Eesti_Peakonsulaat_New_Yorgis, lk 10
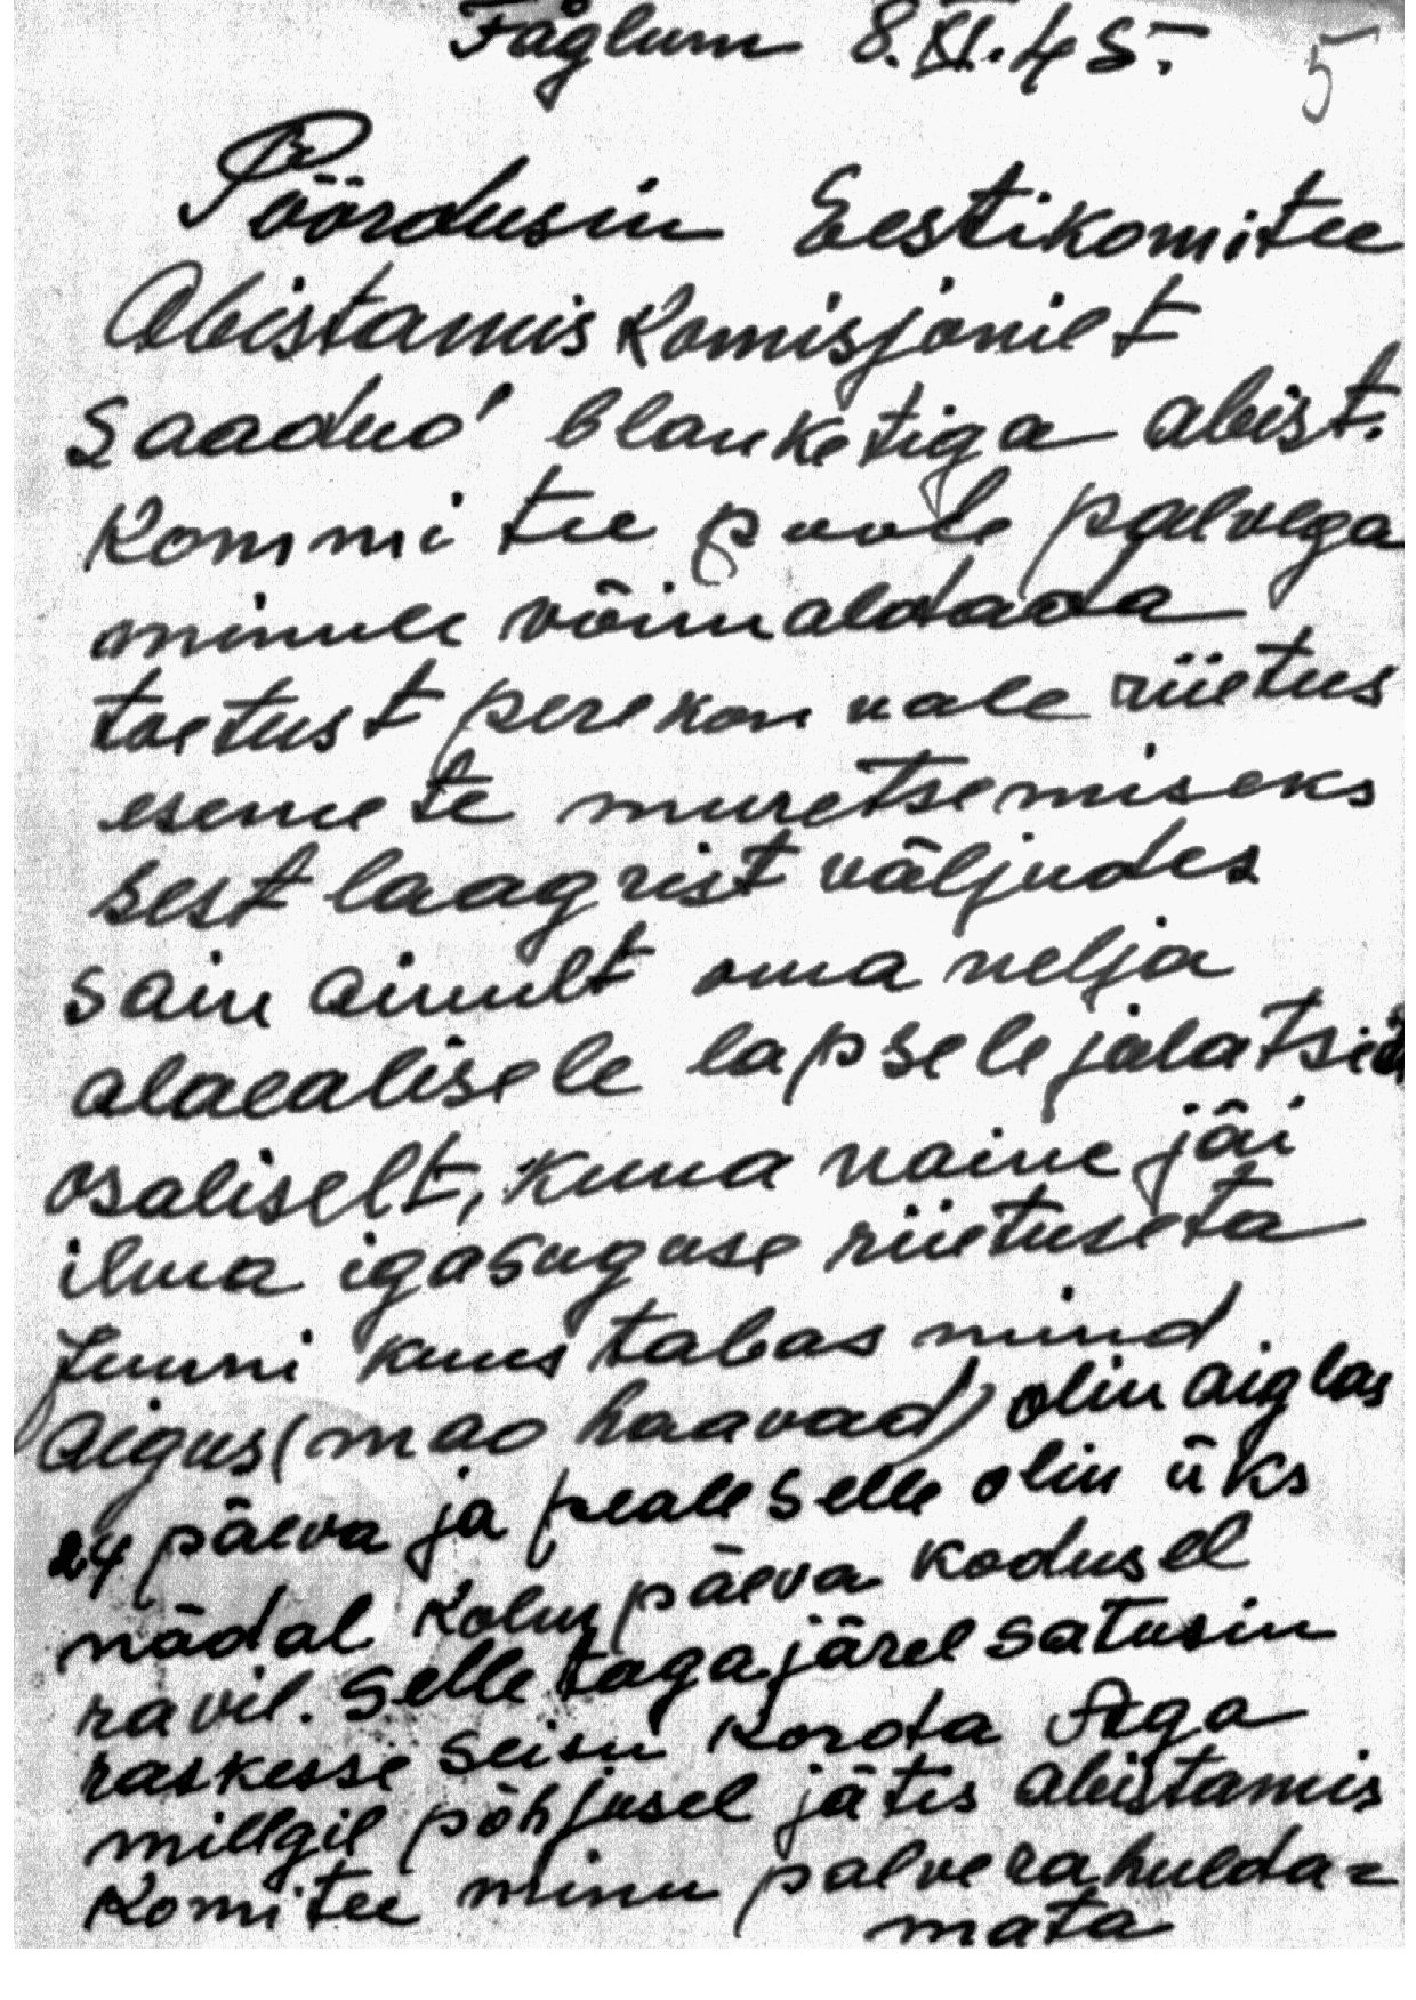
Fåglum 8.XI.45.

Pöördusin Eestikomitee
Abistamis komisjonilt
saadud blanketiga abist.
kommitee poole palvega
minule võimaldada
toetust perekonnale riietus
esemete muretsemiseks
sest laagrist väljudes
sain ainult oma nelja
alaealisele lapsele jalatsid
osaliselt, kuna naine jäi
ilma igasuguse riietuseta.
Juuni kuus tabas mind
aigus (mao haavad) olin aiglas
24 päeva ja peale selle olin üks
nädal kolm päeva kodusel
ravil. Selle tagajärel satusin
raskesse seisu korda Aga
millgil põhjusel jätis abistamis
komitee minu palve rahulda-
mata.